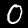
Digit: 0